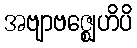
အဗျာဗဇ္ဈေဟိပိ